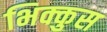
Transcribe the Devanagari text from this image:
भिक्कुस